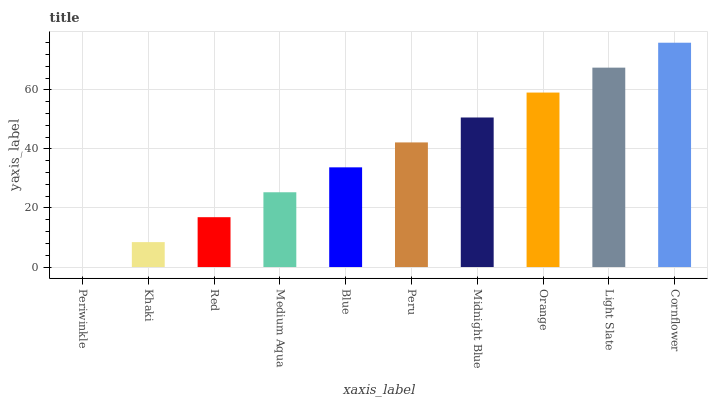
| xaxis_label | bars |
 | --- | --- |
 | Periwinkle | 0 |
 | Khaki | 8.44 |
 | Red | 16.9 |
 | Medium Aqua | 25.3 |
 | Blue | 33.8 |
 | Peru | 42.2 |
 | Midnight Blue | 50.6 |
 | Orange | 59.1 |
 | Light Slate | 67.5 |
 | Cornflower | 76 |